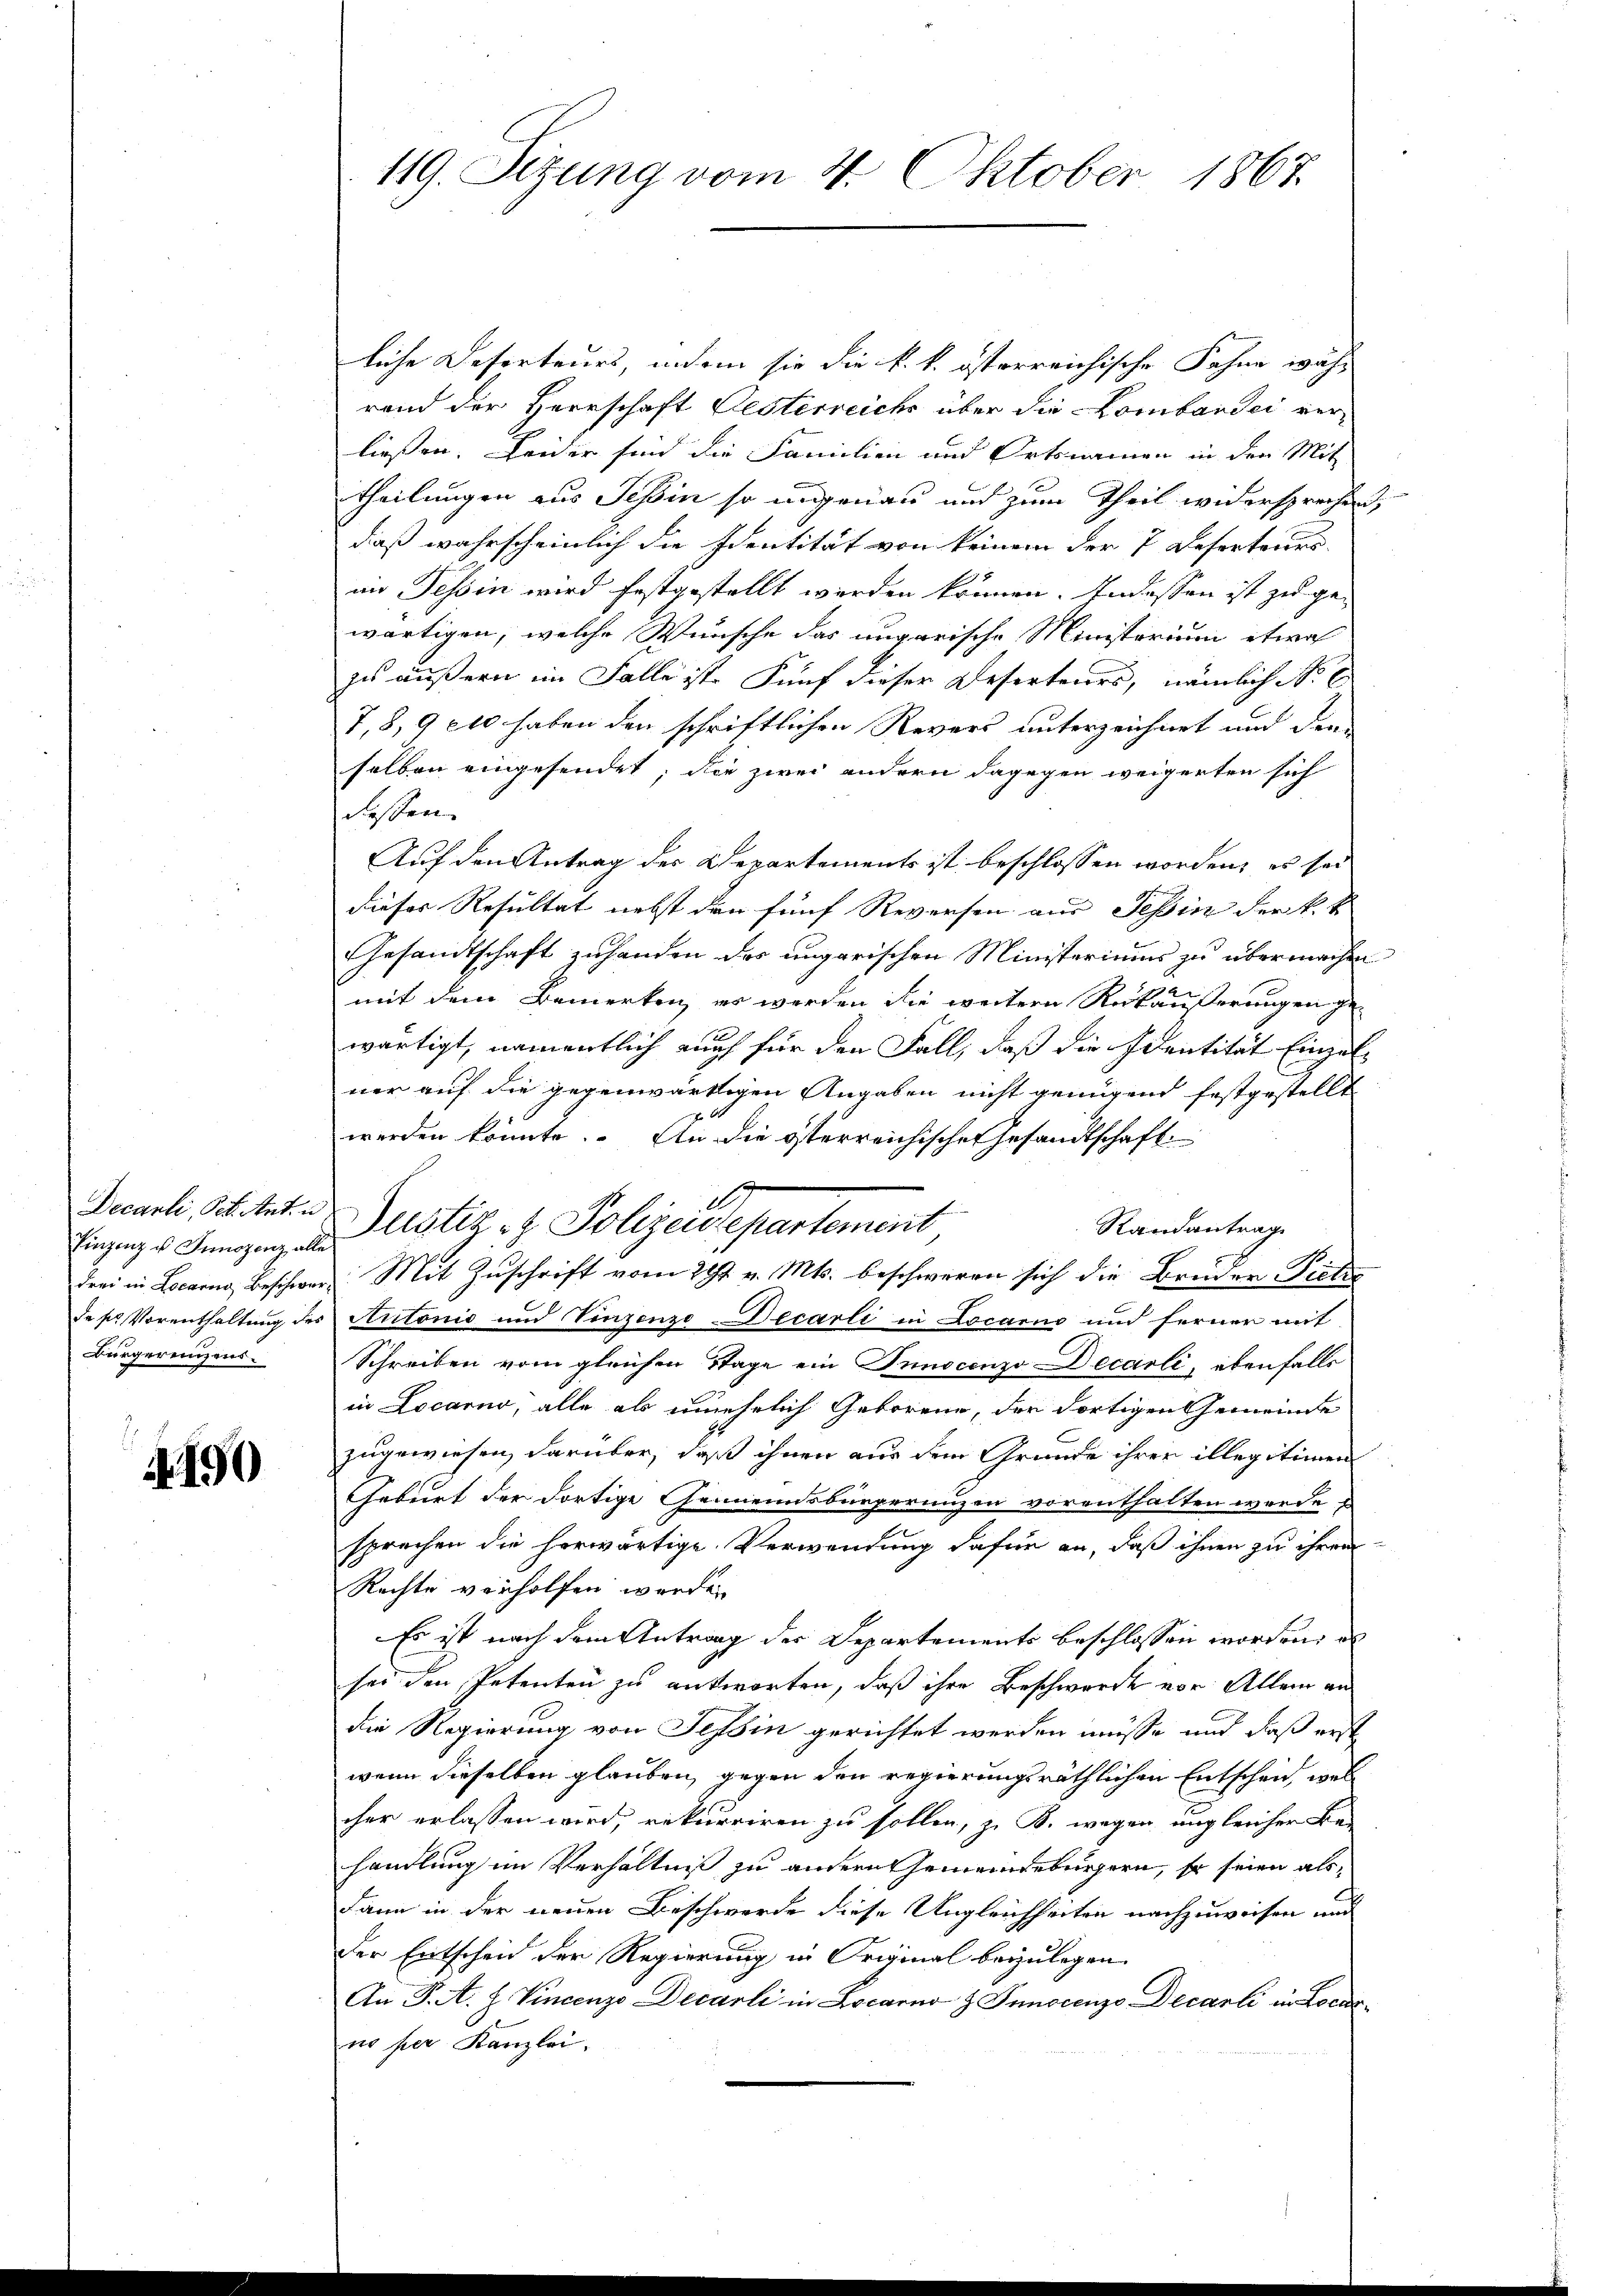
Einzenz u. Junszenz alle
Bürgereinzens.

A.190

liche Deserteurs, indem sie die k. k. österreichische Fahne wäh-
rand der Herrschaft Oesterreichs über die Lombardei verließen. Leider sind die Familien und Ortsnamen in den Mit
theilungen aus Tessin so ungenau und zum Theil widersprechen,
daß wahrscheinlich die Identität von keinem der 7 Deserteurs
in Tessin wird festgestellt werden können. Indessen ist zu ge-
wärtigen, welche Wunsche das ungarische Ministorium etwa
zu äußern im Falle ist. Fünf dieser Deserteurs, nämlich No. 6
7,8,9 210 haben den schriftlichen Revers unterzeichnet und den
selben eingesendet; die zwei andern dagegen weigerten sich
dessen.
Auf den Antrag des Departements ist beschlossen worden, es sei
dieses Resultat nebst den fünf Reversen aus Tessin der k. k.
Gesandtschaft zuhanden des ungarischen Ministeriums zu übermachen
mit dem Bemerken, es werden die weitern Rückäußerungen ge
wärtigt, namentlich auch für den Fall, daß die Identität Einzelner auf die gegenwärtigen Angaben nicht genügend festgestellt
6
werden könnte. An die österreichischen Gesandtschaft
Drearlei Seitet. Dr Justiz- & Polizeidepartement
Randantrag
drei in Locarno, Beschwer Mit Zŭschrift vom 29t v. Mts. beschweren sich die Brüder Piet
de sr Vorenthaltung des Antonis und Vinzenzo-Decarli in Locarno und ferner mit
Schreiben vom gleichen Tage ein Innocenzo Decarli, ebenfalls
in Locarno, alle als unehelich Geborene, der dortigen Gemeinde
zugewiesen, darüber, daß ihnen aus dem Grunde ihrer illegitimen
Geburt der dortige Gemeindsbürgerungen vorenthalten werde
sprechen die herwärtige Verwendung dafür an, daß ihnen zu ihren
Rechte verholfen werde.
Es ist nach dem Antrag der Departements beschlossen worden, als
sed den Petenten zu antworten, daß ihre Beschwerde vor Allem an
die Regierung von Tessin gerichtet werden müsse und daß erst
wenn dieselben glauben, gegen den regierungsräthlichen Entschen, welcher erlassen wird, rekurriren zu sollen, z. B. wegen ungleicher Be-
handlung im Verhältniß zu andern Gemeindebürgern, so seien als
dann in der neuen Beschwerde diese Ungleichheiten nachzuweisen und
der Entscheid der Regierung in Original beizulegen.
An P. A. H. Vincenzo Decarli in Locarno z. Junocenzo Decarli in Locarno per Kanzlei.

119. Sitzung vom 4. Oktober 1867